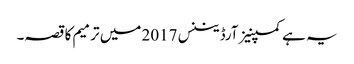
یہ ہے کمپنیز آرڈیننس 2017 میں ترمیم کا قصہ۔